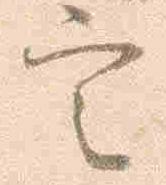
定